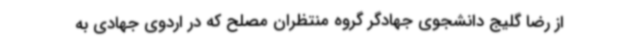
از رضا گلیج دانشجوی جهادگر گروه منتظران مصلح که در اردوی جهادی به